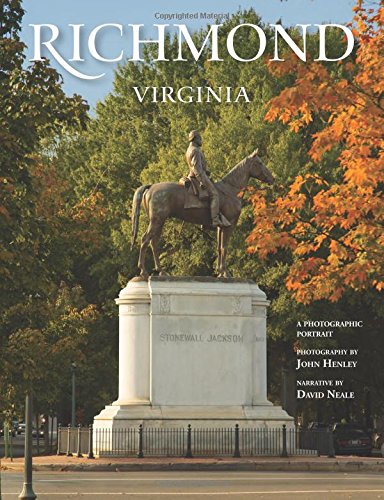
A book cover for Richmond, Virginia: A Photographic Portrait; John Henley; Travel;